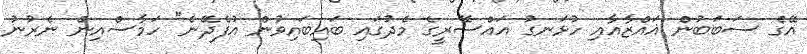
އޭގެ ސަބަބުން ޣައްޒާއާއި ހުޅަނގު އައްސޭރީގެ މެދުގައި ބައިބައިވުން އުފެދޭނެ" ހަމާސްއިން ނެރުނު